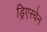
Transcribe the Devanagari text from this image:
ड्रिएस्चेन